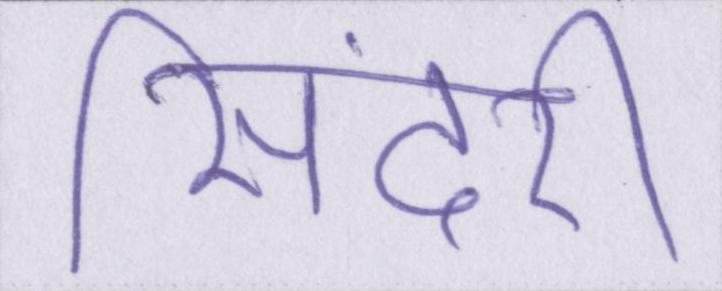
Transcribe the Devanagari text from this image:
सिंदरी